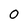
Character: 0